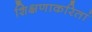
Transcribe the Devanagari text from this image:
शिक्षणाकरितां